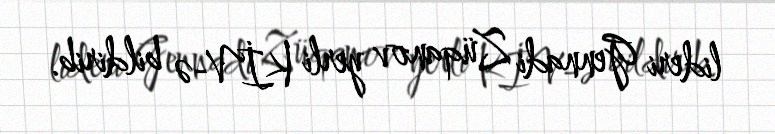
lideri Gennadi Züqanov yerli KİV-ə bildirib.